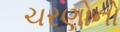
ચરણોનો